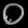
Digit: ၀